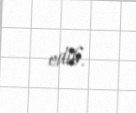
edib.